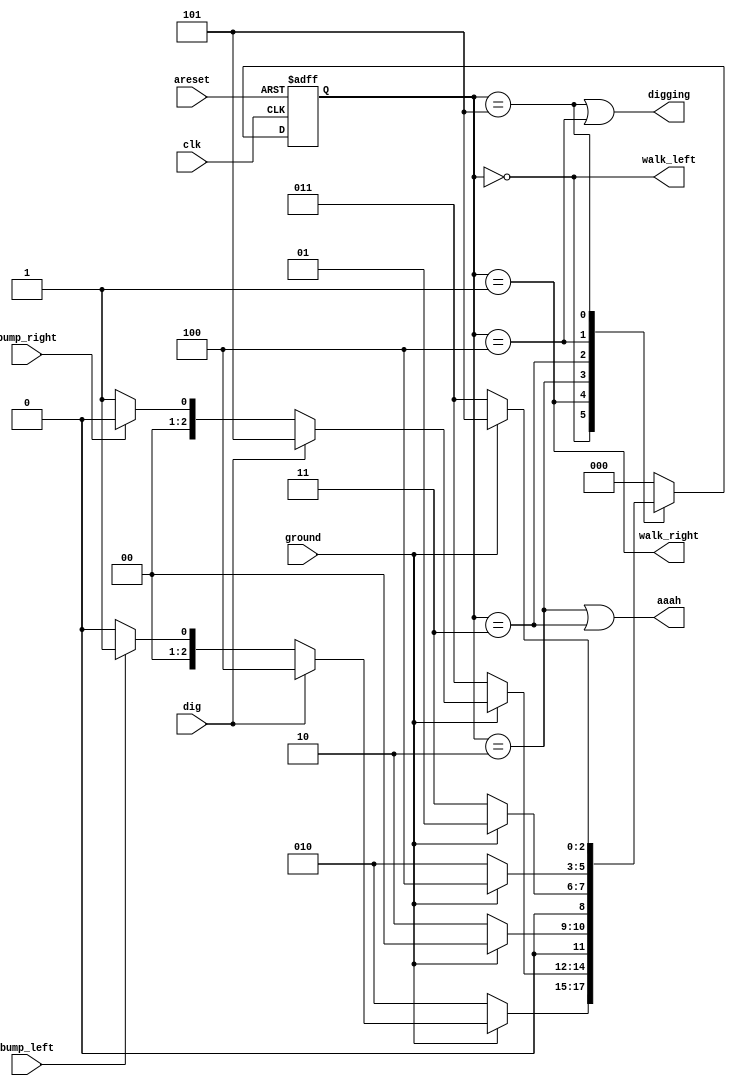
module top_module(
    input clk,
    input areset,    // Freshly brainwashed Lemmings walk left.
    input bump_left,
    input bump_right,
    input ground,
    input dig,
    output walk_left,
    output walk_right,
    output aaah,
    output digging ); 
    
    parameter LEFT = 3'd0, RIGHT = 3'd1, LEFT_FALL = 3'd2, RIGHT_FALL = 3'd3, LEFT_DIG = 3'd4, RIGHT_DIG = 3'd5;
	reg [2:0] state, next_state;
    
    //reset & state_logic
    always @(posedge clk or posedge areset) 
        begin 
            if(areset) 
                state <= LEFT; 
            else 
                state <= next_state;
        end
	
    //next_state logic
    always @(state,ground,dig,bump_left,bump_right) 
        begin
			case (state)
				LEFT: next_state = ground ? (dig ? LEFT_DIG : bump_left ? RIGHT : LEFT) : LEFT_FALL;
                RIGHT: next_state = ground ? (dig ? RIGHT_DIG : bump_right ? LEFT : RIGHT) : RIGHT_FALL;
                LEFT_FALL: next_state = ground ? LEFT : LEFT_FALL;
                RIGHT_FALL: next_state = ground ? RIGHT : RIGHT_FALL;
                LEFT_DIG: next_state = ground ? LEFT_DIG : LEFT_FALL;
                RIGHT_DIG: next_state = ground ? RIGHT_DIG : RIGHT_FALL;
                default: next_state=LEFT;
			endcase
        end
    
    //output logic
    assign walk_right=(state==RIGHT);
    assign walk_left=(state==LEFT);
    assign digging=(state==RIGHT_DIG |state==LEFT_DIG);
    assign aaah=(state==LEFT_FALL | state==RIGHT_FALL);

endmodule